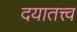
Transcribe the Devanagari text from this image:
दयातत्त्व